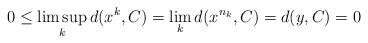
LaTeX: \begin{align*}0\leq \limsup_{k}d(x^{k},C)=\lim_{k}d(x^{n_{k}},C)=d(y,C)=0\end{align*}